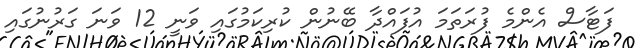
ފަޓާސް އެންމެ ފުރަތަމަ އުފައްދާ ބޭނުން ކުރިކަމުގައި ވަނީ 12 ވަނަ ގަރުނުގައި